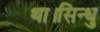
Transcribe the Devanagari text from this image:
था।सिन्धु